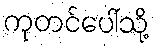
ကုတင်ပေါ်သို့